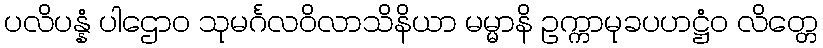
ပလိပန္နံ ပါဌောဝ သုမင်္ဂလဝိလာသိနိယာ မမ္မာနိ ဥက္ကာမုခပဟဋ္ဌံဝ လိတ္တေ